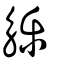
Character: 觻